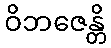
ဝိဘဇေန္တိ